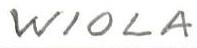
WIOLA